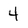
Character: 4